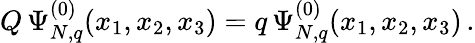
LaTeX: Q\, \Psi_{N,q}^{(0)}(x_{1},x_{2},x_{3})=q\, \Psi_{N,q}^{(0)}(x_{1},x_{2},x_{3})\, .